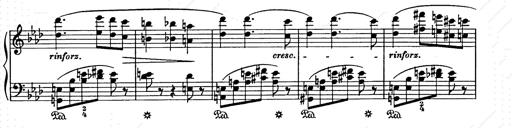
Title: Weihnachtsbaum
Composer: Franz Liszt